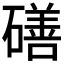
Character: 磰